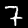
Digit: 7